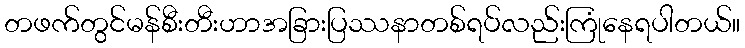
တဖက်တွင်မန်စီးတီးဟာအခြားပြဿနာတစ်ရပ်လည်းကြုံနေရပါတယ်။